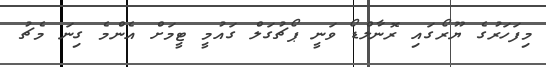
މިފަހަރުގެ ޔޫރޯގައި ރޮނާލްޑޯ ވަނީ ޕޯޗުގަލް ގައުމީ ޓީމަށް އެންމެ ގިނަ މެޗު